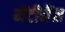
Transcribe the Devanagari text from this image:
मेंटीनैंस